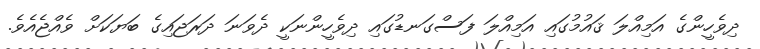
ދިވެހީންގެ އަމިއްލަ ޤައުމުގައި އަމިއްލަ ފަސްގަނޑުގައި ދިވެހީންނަކީ ދެވަނަ ދަރަޖައިގެ ބަޔަކަށް ވެއްޖެއެވެ.